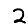
Digit: 2